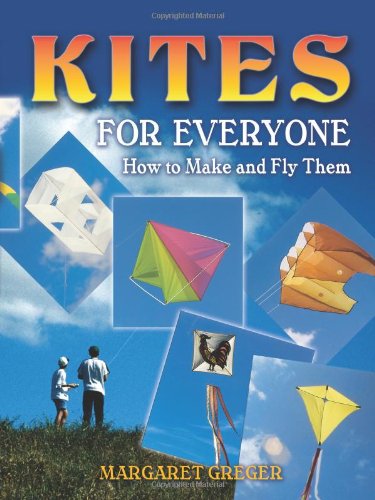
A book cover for Kites for Everyone: How to Make and Fly Them; Margaret Greger; Sports & Outdoors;